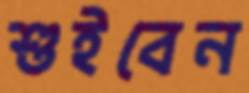
শুইবেন